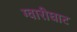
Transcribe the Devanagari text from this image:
ग्वारीघाट